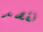
نقصد